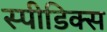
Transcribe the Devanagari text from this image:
स्पीडिक्स